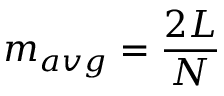
m _ { a v g } = \frac { 2 L } { N }